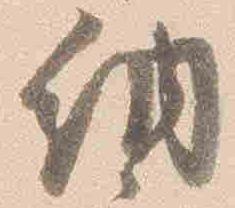
納